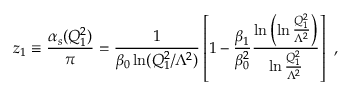
z _ { 1 } \equiv \frac { { \alpha } _ { s } ( Q _ { 1 } ^ { 2 } ) } { \pi } = \frac { 1 } { { \beta } _ { 0 } \ln ( Q _ { 1 } ^ { 2 } / { \Lambda } ^ { 2 } ) } \left[ 1 - \frac { { \beta } _ { 1 } } { { \beta } _ { 0 } ^ { 2 } } \frac { \ln \left( \ln \frac { Q _ { 1 } ^ { 2 } } { { \Lambda } ^ { 2 } } \right) } { \ln \frac { Q _ { 1 } ^ { 2 } } { { \Lambda } ^ { 2 } } } \right] \ ,